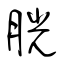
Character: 胱